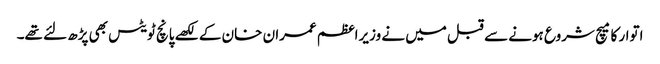
اتوار کا میچ شروع ہونے سے قبل میں نے وزیراعظم عمران خان کے لکھے پانچ ٹویٹس بھی پڑھ لئے تھے۔